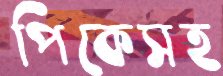
পিকেসহ